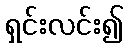
ရှင်းလင်း၍